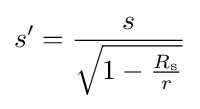
s'={\frac {s}{\sqrt {1-{\tfrac {R_{\text{s}}}{r}}}}}